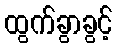
ထွက်ခွာခွင့်